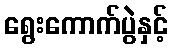
ရွေးကောက်ပွဲနှင့်